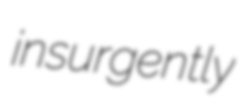
insurgently